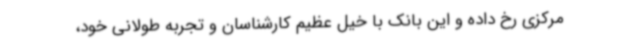
مرکزی رخ داده و این بانک با خیل عظیم کارشناسان و تجربه طولانی خود،